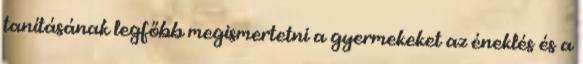
tanításának legfőbb megismertetni a gyermekeket az éneklés és a